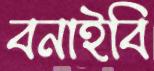
বনাইবি